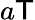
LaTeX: a\mathsf{T}